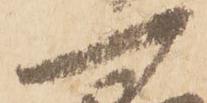
一